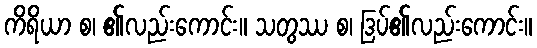
ကိရိယာ စ၊ ၏လည်းကောင်း။ သတွဿ စ၊ ဒြပ်၏လည်းကောင်း။